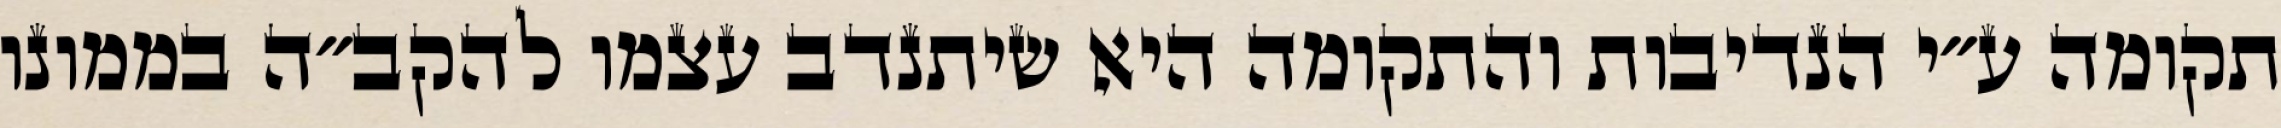
תקומה ע״י הנדיבות והתקומה היא שיתנדב עצמו להקב״ה בממונו